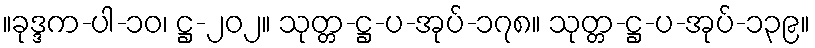
။ခုဒ္ဒက-ပါ-၁၀၊ ဋ္ဌ-၂၀၂။ သုတ္တ-ဋ္ဌ-ပ-အုပ်-၁၇၈။ သုတ္တ-ဋ္ဌ-ပ-အုပ်-၁၃၉။